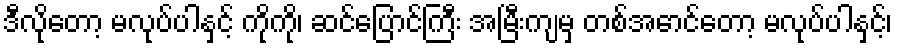
ဒီလိုတော့ မလုပ်ပါနှင့် ကိုကို၊ ဆင်ပြောင်ကြီး အမြီးကျမှ တစ်အောင်တော့ မလုပ်ပါနှင့်၊